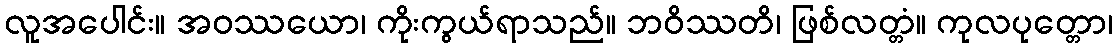
လူအပေါင်း။ အဝဿယော၊ ကိုးကွယ်ရာသည်။ ဘဝိဿတိ၊ ဖြစ်လတ္တံ။ ကုလပုတ္တော၊